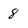
Character: 8